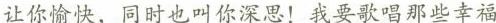
让你愉快，同时也叫你深思！我要歌唱那些幸福